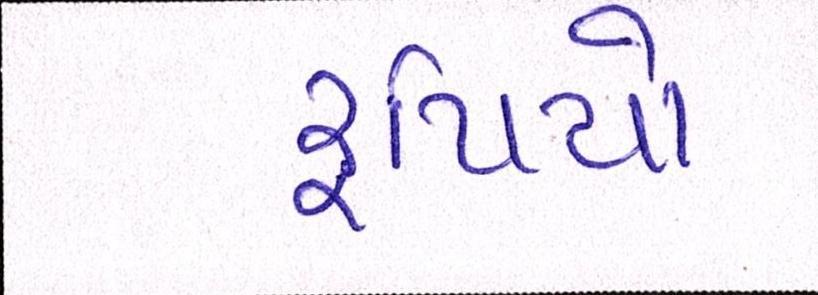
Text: રૃપિયો